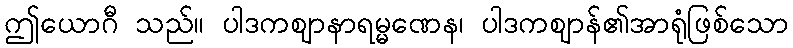
ဤယောဂီ သည်။ ပါဒကဈာနာရမ္မဏေန၊ ပါဒကဈာန်၏အာရုံဖြစ်သော